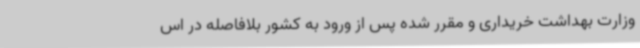
وزارت بهداشت خریداری و مقرر شده پس از ورود به کشور بلافاصله در اس